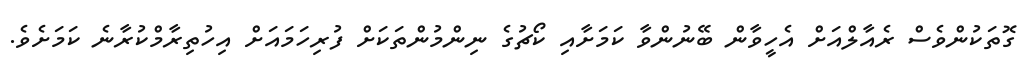
ގޮތަކުންވެސް ރެއާލްއަށް އެހީވާން ބޭނުންވާ ކަމަށާއި ކޯޗުގެ ނިންމުންތަކަށް ފުރިހަމައަށް އިހުތިރާމްކުރާނެ ކަމަށެވެ.